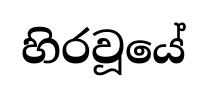
හිරවූයේ